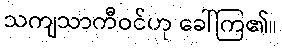
သကျသာကီဝင်ဟု ခေါ်ကြ၏။